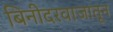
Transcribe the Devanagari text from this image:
बिनीदरवाजातून